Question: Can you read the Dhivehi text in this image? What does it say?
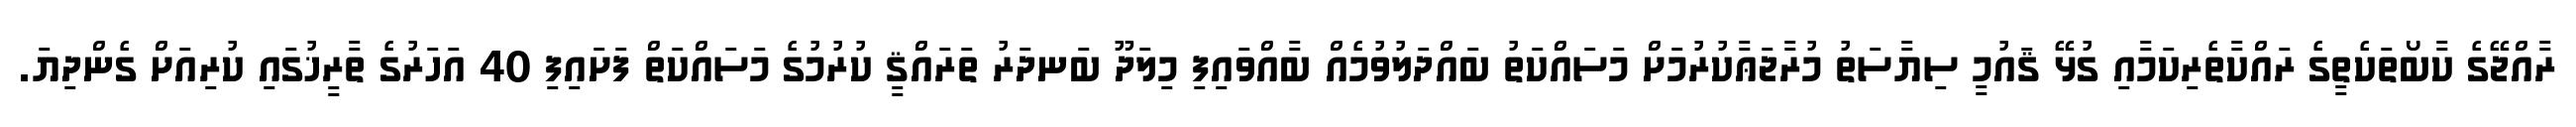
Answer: ރާއްޖޭގެ ކާބޯތަކެތީގެ ރައްކާތެރިކަމާއި ގުޅޭ ޤައުމީ ސިޔާސަތު މުރާޖަޢާކުރުމަށް މަސައްކަތު ބައްދަލުވުމެއް ބާއްވައިފި މިލަދޫ ބަނދަރު ތަރައްޤީ ކުރުމުގެ މަސައްކަތް ފަށައިފި 40 އަހަރުގެ ތާރީޚުގައި ކުރިއަށް ގެންދިޔަ.